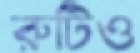
রুটিও